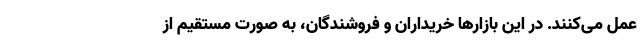
عمل می‌کنند. در این بازارها خریداران و فروشندگان، به صورت مستقیم از